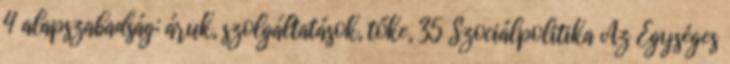
4 alapszabadság: áruk, szolgáltatások, tőke, 35 Szociálpolitika Az Egységes